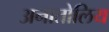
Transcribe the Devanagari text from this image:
अनातोलिय